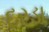
દરડા